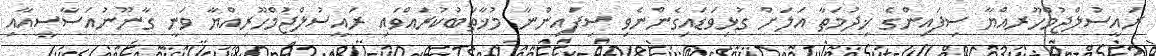
ރައީސުލްޖުމްހޫރއްޔާ ސިފައިންގެ ޚިދުމަތާ އަލަށް ގުޅިވަޑައިގެންނެވި ސިފައިންނާ މުޚާތަބުކުރައްވައި ރައީސުލްޖުމްހޫރިއްޔާ ވަނީ ގާނޫނުއަސާސީއާއި